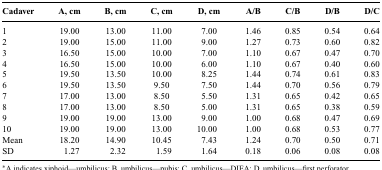
<table><thead><tr><td><b>Cadaver</b></td><td><b>A, cm</b></td><td><b>B, cm</b></td><td><b>C, cm</b></td><td><b>D, cm</b></td><td><b>A/B</b></td><td><b>C/B</b></td><td><b>D/B</b></td><td><b>D/C</b></td></tr></thead><tbody><tr><td>1</td><td>19.00</td><td>13.00</td><td>11.00</td><td>7.00</td><td>1.46</td><td>0.85</td><td>0.54</td><td>0.64</td></tr><tr><td>2</td><td>19.00</td><td>15.00</td><td>11.00</td><td>9.00</td><td>1.27</td><td>0.73</td><td>0.60</td><td>0.82</td></tr><tr><td>3</td><td>16.50</td><td>15.00</td><td>10.00</td><td>7.00</td><td>1.10</td><td>0.67</td><td>0.47</td><td>0.70</td></tr><tr><td>4</td><td>16.50</td><td>15.00</td><td>10.00</td><td>6.00</td><td>1.10</td><td>0.67</td><td>0.40</td><td>0.60</td></tr><tr><td>5</td><td>19.50</td><td>13.50</td><td>10.00</td><td>8.25</td><td>1.44</td><td>0.74</td><td>0.61</td><td>0.83</td></tr><tr><td>6</td><td>19.50</td><td>13.50</td><td>9.50</td><td>7.50</td><td>1.44</td><td>0.70</td><td>0.56</td><td>0.79</td></tr><tr><td>7</td><td>17.00</td><td>13.00</td><td>8.50</td><td>5.50</td><td>1.31</td><td>0.65</td><td>0.42</td><td>0.65</td></tr><tr><td>8</td><td>17.00</td><td>13.00</td><td>8.50</td><td>5.00</td><td>1.31</td><td>0.65</td><td>0.38</td><td>0.59</td></tr><tr><td>9</td><td>19.00</td><td>19.00</td><td>13.00</td><td>9.00</td><td>1.00</td><td>0.68</td><td>0.47</td><td>0.69</td></tr><tr><td>10</td><td>19.00</td><td>19.00</td><td>13.00</td><td>10.00</td><td>1.00</td><td>0.68</td><td>0.53</td><td>0.77</td></tr><tr><td>Mean</td><td>18.20</td><td>14.90</td><td>10.45</td><td>7.43</td><td>1.24</td><td>0.70</td><td>0.50</td><td>0.71</td></tr><tr><td>SD</td><td>1.27</td><td>2.32</td><td>1.59</td><td>1.64</td><td>0.18</td><td>0.06</td><td>0.08</td><td>0.08</td></tr></tbody></table>